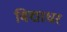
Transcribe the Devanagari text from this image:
बिद्याधर